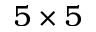
5 \times 5